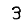
Digit: 3